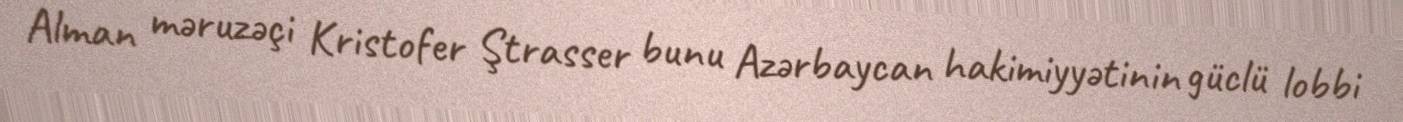
Alman məruzəçi Kristofer Ştrasser bunu Azərbaycan hakimiyyətinin güclü lobbi